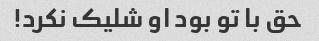
حق با تو بود او شلیک نکرد!